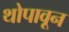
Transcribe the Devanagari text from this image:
थोपावून